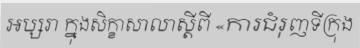
អប្សរា ក្នុងសិក្ខាសាលាស្តីពី «ការជំរុញទីក្រុង